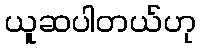
ယူဆပါတယ်ဟု